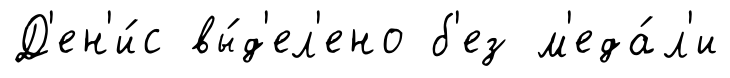
Д'ен'и́с вы́д'ел'ено б'ез м'еда́л'и